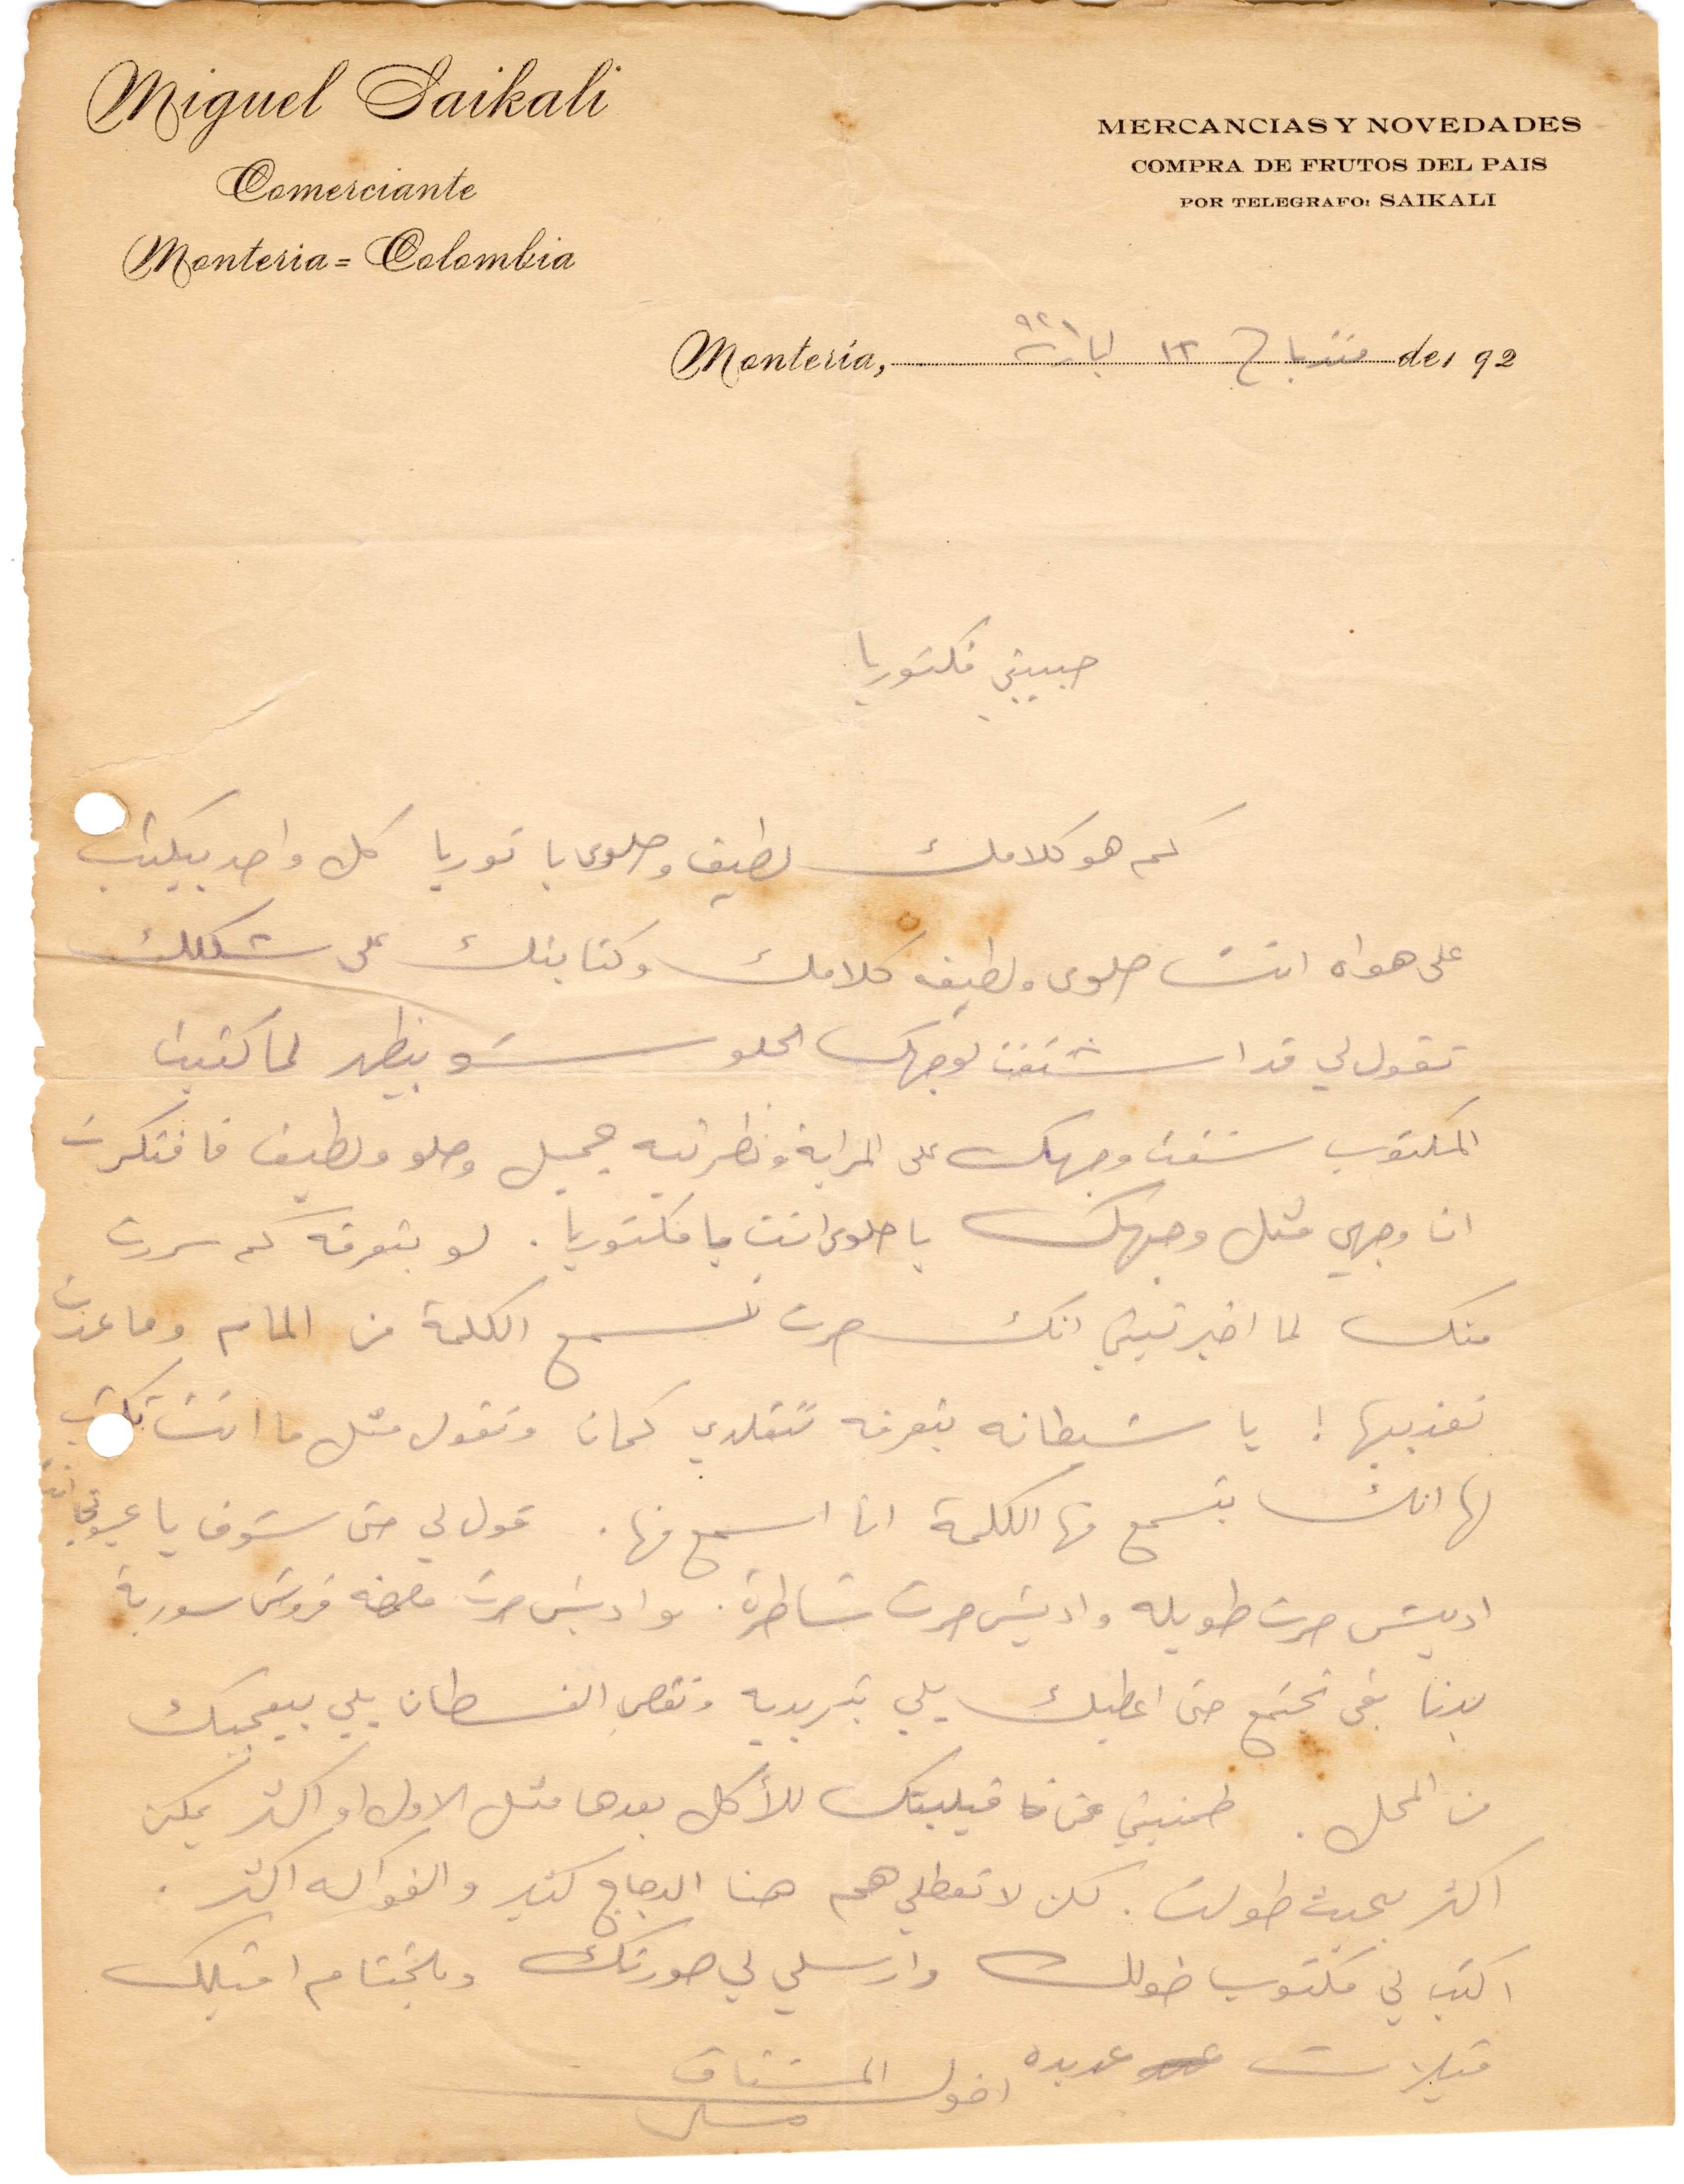
حبيبتي فكتوريا
كم هو كلامك لطيف وحلوى يا توريا كل واحد بيكتب
على هواه انت حلوى ولطيفه كلامك وكتابتك على شكلك
تقول لي قد اشتقت بوجهك الحلو شو بيظهر لما كتبت
المكتوب شفت وجهك على المراية ونظريته جميل وحلو ولطيف فافتكرت
ان وجهي كثل وجهك با حلوى انت يا فكتوريا. لو بتعرفه كم سررت
منك لم اخبرتيني انك صرت تسمع الكلمة من المام وما عدت
تعذبيها! يا شيطانة بتعرفه تتقلدي كمان وتقول متل ما انت تكتب
لها انك بتسمع منه الكلمة انا اسمه منها. قول لي حتى شوف يا عيوني
قديش صرت طويلة واديش صرت شاطرة واديش صرت مجمعة قروش سورية
بدنا بقى نجتمع حتى اعطيك يلي بتريده وتقصي الفسطان يلي بيعجبك
من المحل. طمنيني عن قيلبتك للأكل بعدها متل الأول واكثر يمكن
اكثر بحيث طولت. لكن لا تعكطلي هم هنا الدجاج كثير والفواكه اكثر
اكتب لي مكتوب طولك وارسلي لي صورتك وبلختام اقبلك
قبلات عديدة. اخوك المشتاق